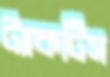
ট্যাকটিস